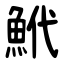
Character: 鮘